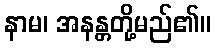
နာမ၊ အနန္တတို့မည်၏။